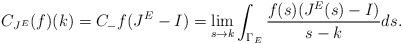
LaTeX: \begin{align*} C_{J^E} (f)(k)=C_{-}{f(J^E-I)}=\lim_{s\rightarrow k}\int_{\Gamma_E}\frac{f(s)(J^E(s)-I)}{s-k}ds.\end{align*}